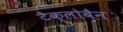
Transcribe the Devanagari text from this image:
टैक्लोबैन